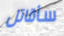
سأقاتل